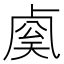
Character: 𰆈